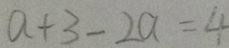
a + 3 - 2 a = 4